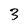
Character: 3